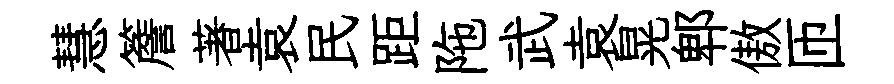
慧簷著袁民距陁武袁晃郫傲匝